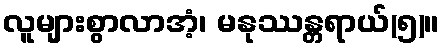
လူများစွာလာအံ့၊ မနုဿန္တရာယ်(၅)။